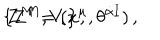
\{ Z ^ { M } , V _ { i } \} \, , \hspace { 1 c m } Z ^ { M } = ( x ^ { \mu } , \theta ^ { \dot { \alpha } I } ) \, ,